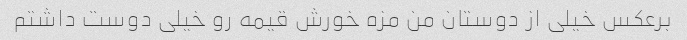
برعکس خیلی از دوستان من مزه خورش قیمه رو خیلی دوست داشتم